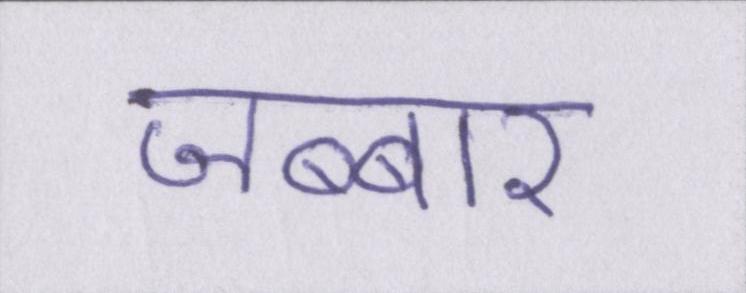
जब्बार